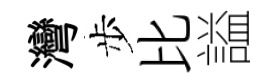
灣步比謚